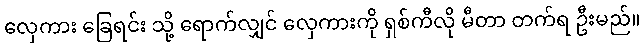
လှေကား ခြေရင်း သို့ ရောက်လျှင် လှေကားကို ရှစ်ကီလို မီတာ တက်ရ ဦးမည်။